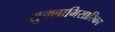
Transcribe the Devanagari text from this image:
शुक्लाभिसारिका